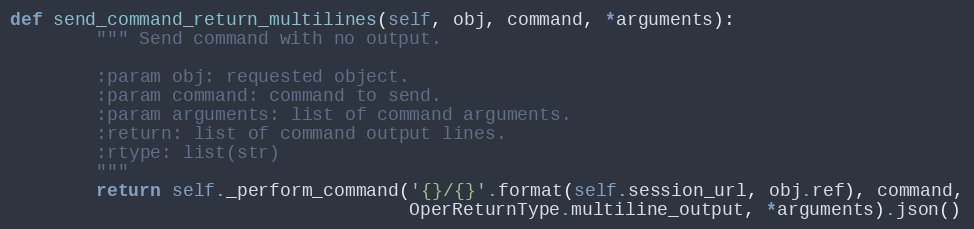
Language: Python
def send_command_return_multilines(self, obj, command, *arguments):
        """ Send command with no output.

        :param obj: requested object.
        :param command: command to send.
        :param arguments: list of command arguments.
        :return: list of command output lines.
        :rtype: list(str)
        """
        return self._perform_command('{}/{}'.format(self.session_url, obj.ref), command,
                                     OperReturnType.multiline_output, *arguments).json()